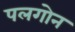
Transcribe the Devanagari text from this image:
पलगोन